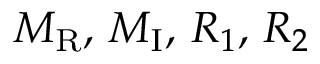
M _ { \mathrm { R } } , \, M _ { \mathrm { I } } , \, R _ { 1 } , \, R _ { 2 }